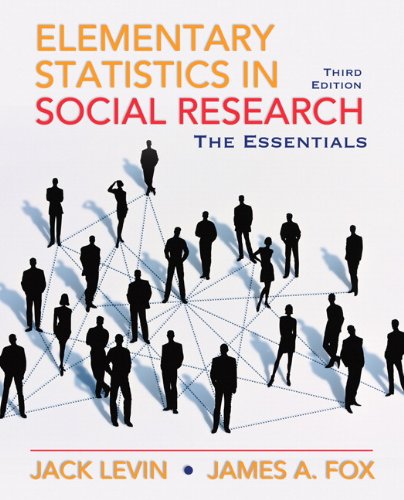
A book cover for Elementary Statistics in Social Research: Essentials (3rd Edition); Jack A. Levin; Politics & Social Sciences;